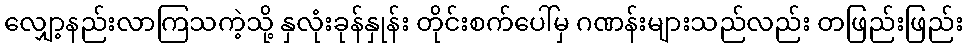
လျှော့နည်းလာကြသကဲ့သို့ နှလုံးခုန်နှုန်း တိုင်းစက်ပေါ်မှ ဂဏန်းများသည်လည်း တဖြည်းဖြည်း